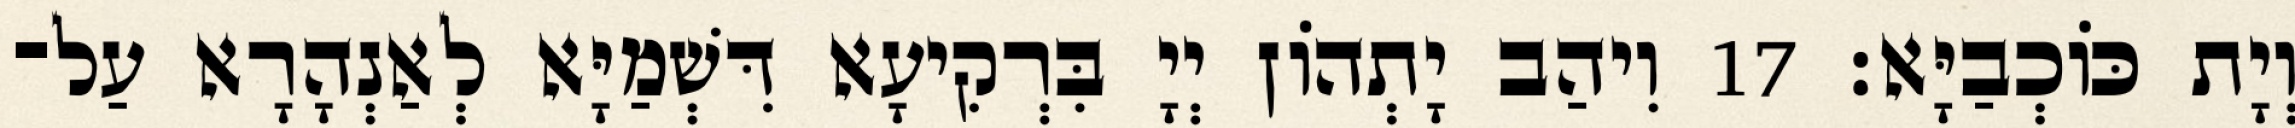
וְיָת כּוֹכְבַיָּא׃ 17 וִיהַב יָתְהוֹן יְיָ בִּרְקִיעָא דִּשְׁמַיָּא לְאַנְהָרָא עַל־